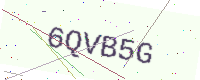
Text: 6QVB5G